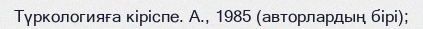
Түркологияға кіріспе. А., 1985 (авторлардың бірі);